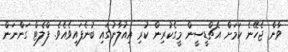
ވާން ޖެހޭނެ ކަމަށް އެޗްޑީސީން މީގެކުރިން ކުރި އިއުލާނުގައި ބުނެފައިވެއެވެ. ފްލެޓް ގަންނަން